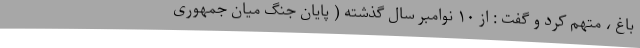
باغ ، متهم کرد و گفت : از ۱۰ نوامبر سال گذشته ( پایان جنگ میان جمهوری